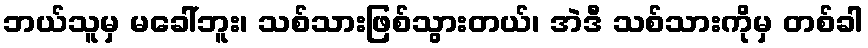
ဘယ်သူမှ မခေါ်ဘူး၊ သစ်သားဖြစ်သွားတယ်၊ အဲဒီ သစ်သားကိုမှ တစ်ခါ